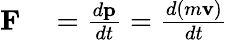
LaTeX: \begin{array}{rl}{\mathbf{F}}&{{}={\frac{d\mathbf{p}}{dt}}={\frac{d(m\mathbf{v})}{dt}}}\end{array}